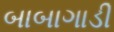
બાબાગાડી